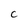
Character: C